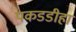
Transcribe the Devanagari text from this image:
पकडडीहा